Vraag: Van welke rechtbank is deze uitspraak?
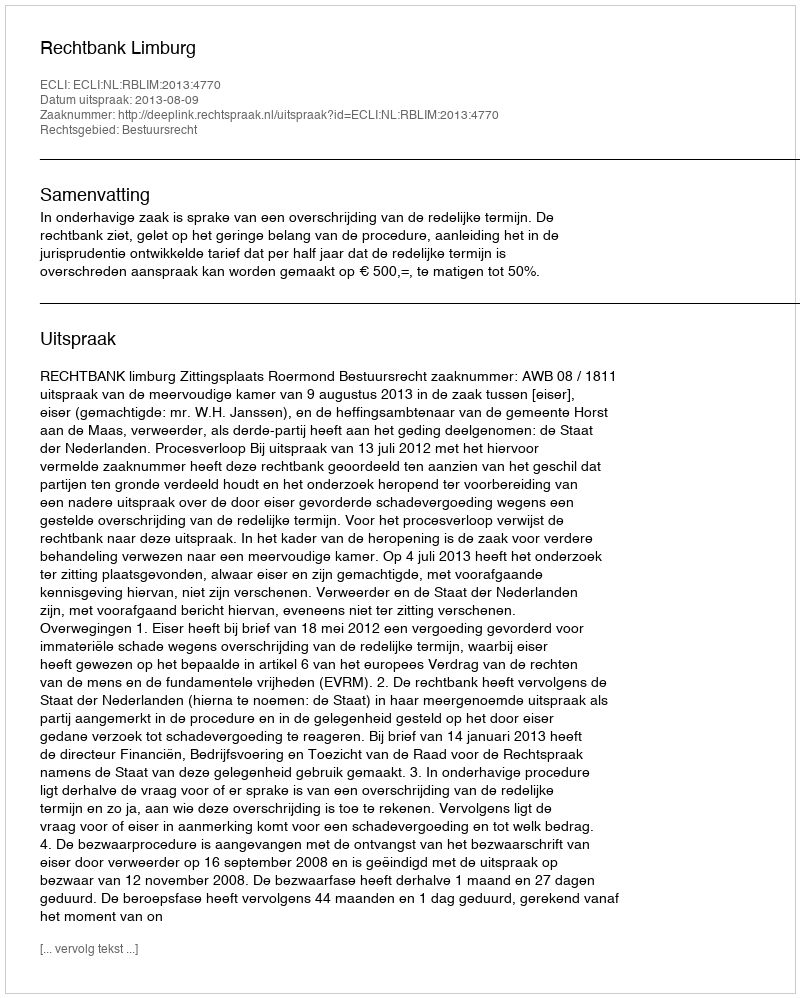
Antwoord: Rechtbank Limburg